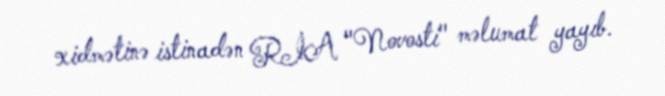
xidmətinə istinadən RİA "Novosti" məlumat yayıb.